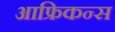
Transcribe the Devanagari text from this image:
आफ्रिकन्स